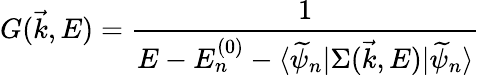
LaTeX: G(\vec{k},E)=\frac{1}{E-E_{n}^{(0)}-\langle\widetilde\psi_{n}|\Sigma(\vec{k},E)|\widetilde\psi_{n}\rangle}